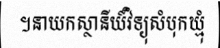
។នាយកស្ថានីយ៍វិទ្យុសំបុកឃ្មុំ